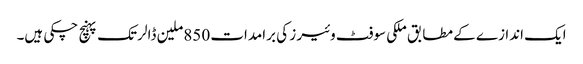
ایک اندازے کے مطابق ملکی سوفٹ وئیر ز کی برامدات 850ملین ڈالر تک پہنچ چکی ہیں۔